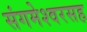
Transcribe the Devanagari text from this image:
संगमेश्वरसह